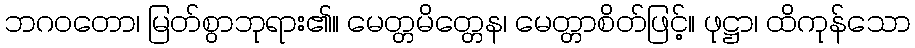
ဘဂဝတော၊ မြတ်စွာဘုရား၏။ မေတ္တမိတ္တေန၊ မေတ္တာစိတ်ဖြင့်။ ဖုဋ္ဌာ၊ ထိကုန်သော